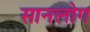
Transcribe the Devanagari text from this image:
सानलोग